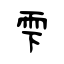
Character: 雫